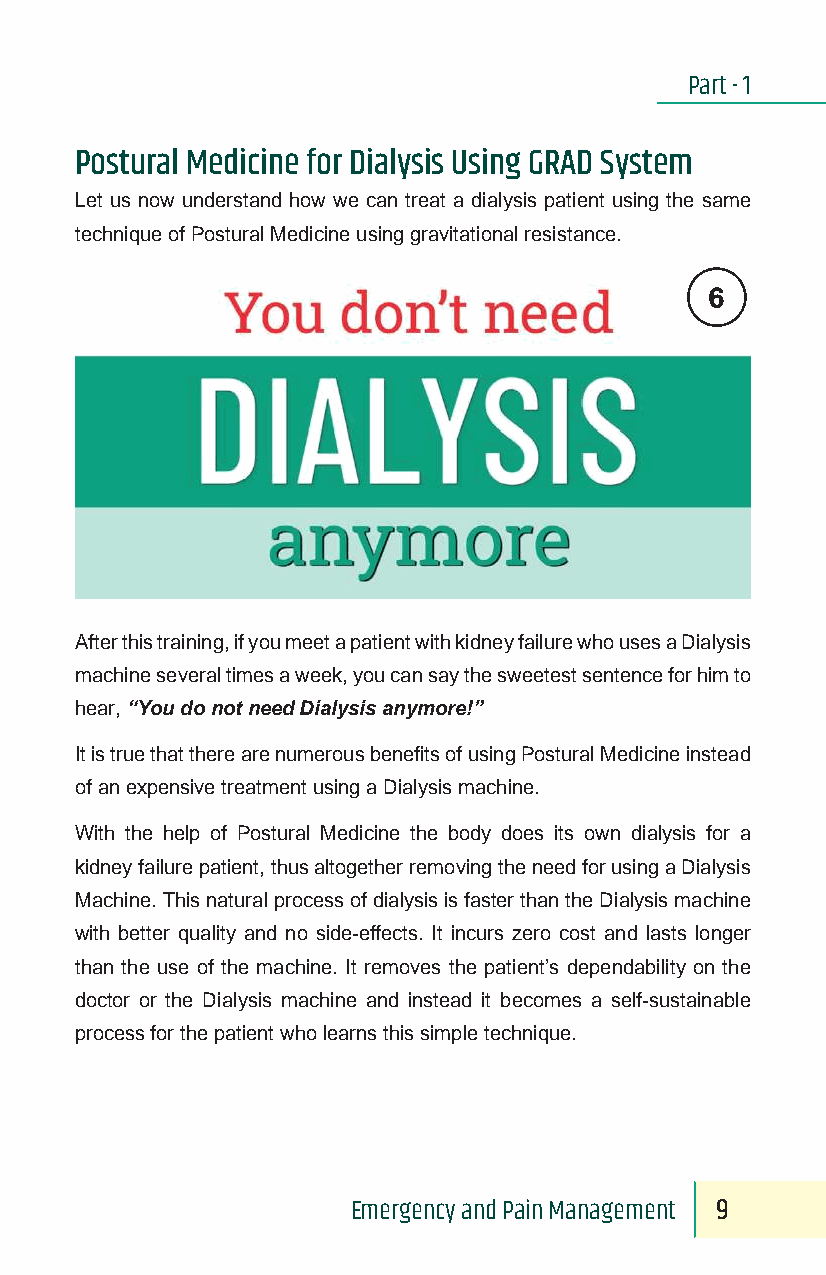
Part - 1
 Postural Medicine for Dialysis Using GRAD System
 Let us now understand how we can treat a dialysis patient using the same
 technique of Postural Medicine using gravitational resistance.
 6
 You do not need
 After this training, if you meet a patient with kidney failure who uses a Dialysis
 machine several times a week, you can say the sweetest sentence for him to
 hear, “You do not need Dialysis anymore!”
 It is true that there are numerous benefits of using Postural Medicine instead
 of an expensive treatment using a Dialysis machine.
 With the help of Postural Medicine the body does its own dialysis for a
 kidney failure patient, thus altogether removing the need for using a Dialysis
 Machine. This natural process of dialysis is faster than the Dialysis machine
 with better quality and no side-effects. It incurs zero cost and lasts longer
 than the use of the machine. It removes the patient’s dependability on the
 doctor or the Dialysis machine and instead it becomes a self-sustainable
 process for the patient who learns this simple technique.
 Emergency and Pain Management 9